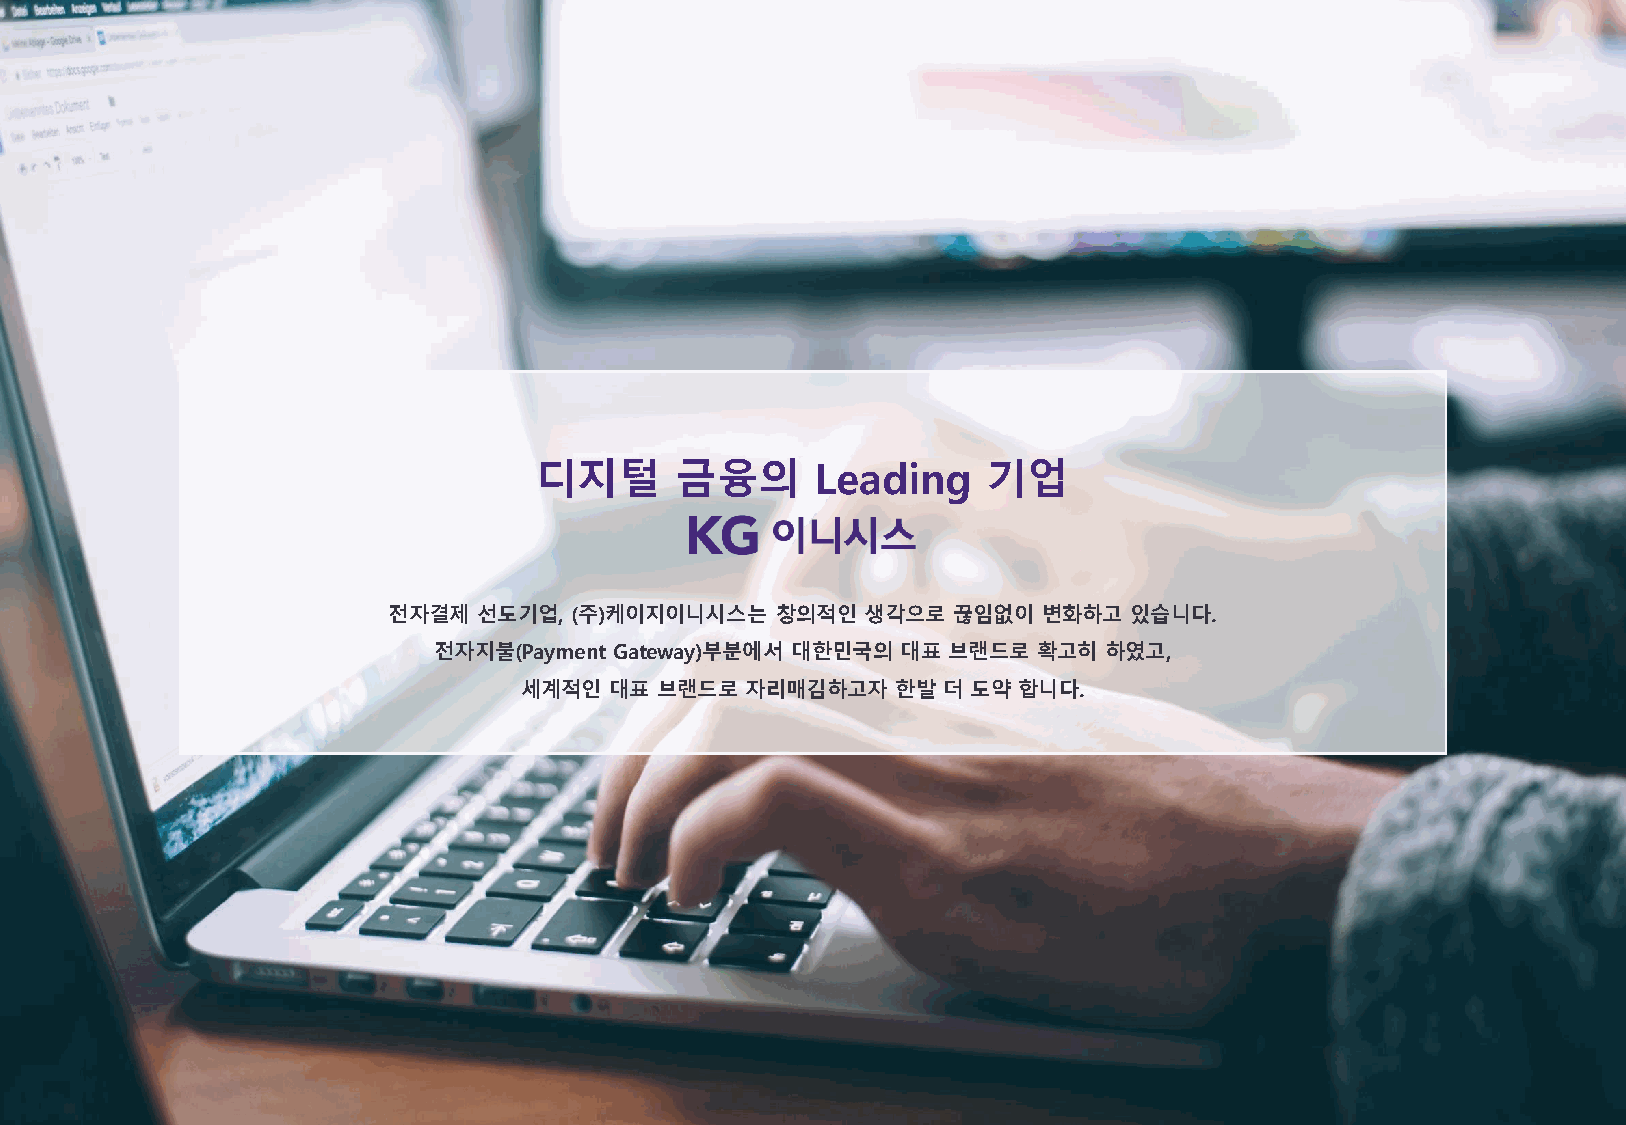
디지털       금융의      Leading    기업
 전자결제  선도기업, (주)케이지이니시스는  창의적인  생각으로  끊임없이  변화하고  있습니다.
 전자지불(Payment Gateway)부분에서 대한민국의 대표 브랜드로 확고히 하였고,
 세계적인  대표 브랜드로  자리매김하고자   한발 더 도약 합니다.